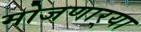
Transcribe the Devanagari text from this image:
मोजणार्‍या